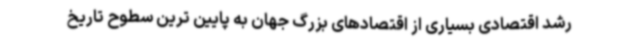
رشد اقتصادی بسیاری از اقتصادهای بزرگ جهان به پایین ترین سطوح تاریخ